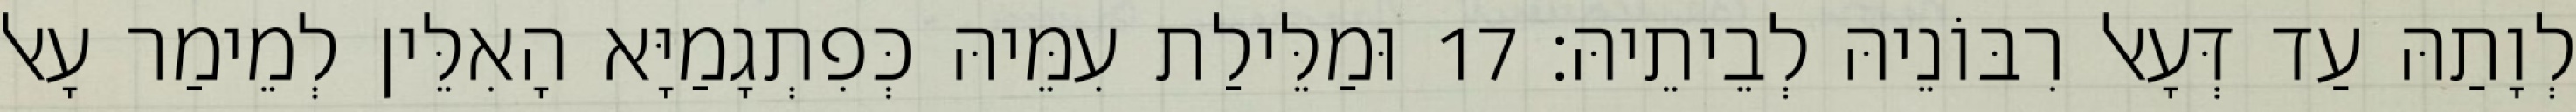
לְוָתַהּ עַד דְּעָאל רִבּוֹנֵיהּ לְבֵיתֵיהּ׃ 17 וּמַלֵּילַת עִמֵּיהּ כְּפִתְגָמַיָּא הָאִלֵּין לְמֵימַר עָאל